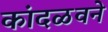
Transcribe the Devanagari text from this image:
कांदळवने